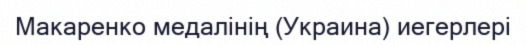
Макаренко медалінің (Украина) иегерлері